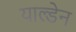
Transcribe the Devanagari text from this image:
याल्डेन